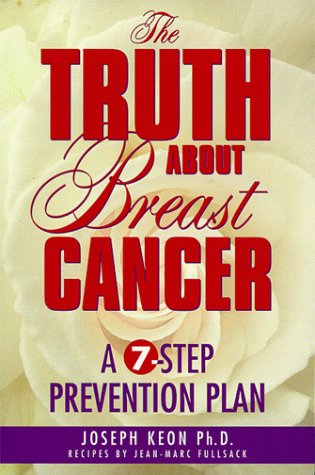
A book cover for The Truth About Breast Cancer: A Seven-Step Prevention Plan; Joseph Keon; Health, Fitness & Dieting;